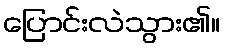
ပြောင်းလဲသွား၏။